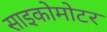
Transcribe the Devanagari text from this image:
साइकोमोटर